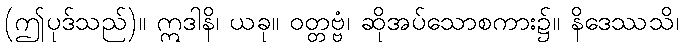
(ဤပုဒ်သည်)။ ဣဒါနိ၊ ယခု။ ဝတ္တဗ္ဗံ၊ ဆိုအပ်သောစကား၌။ နိဒေဿသိ၊